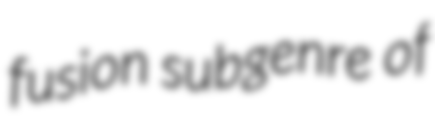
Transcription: fusion subgenre of